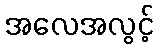
အလေအလွင့်